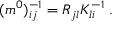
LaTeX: ( m ^ { 0 } ) _ { i j } ^ { - 1 } = R _ { j l } K _ { l i } ^ { - 1 } \; .